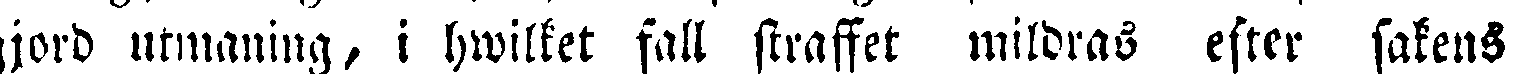
gjord utmaning, i hwilket fatt straffet mildras efter sakens